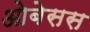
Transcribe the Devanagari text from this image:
ओबेसस